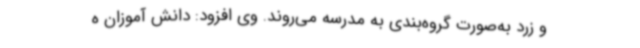
و زرد به‌صورت گروه‌بندی به مدرسه می‌روند. وی افزود: دانش آموزان ه